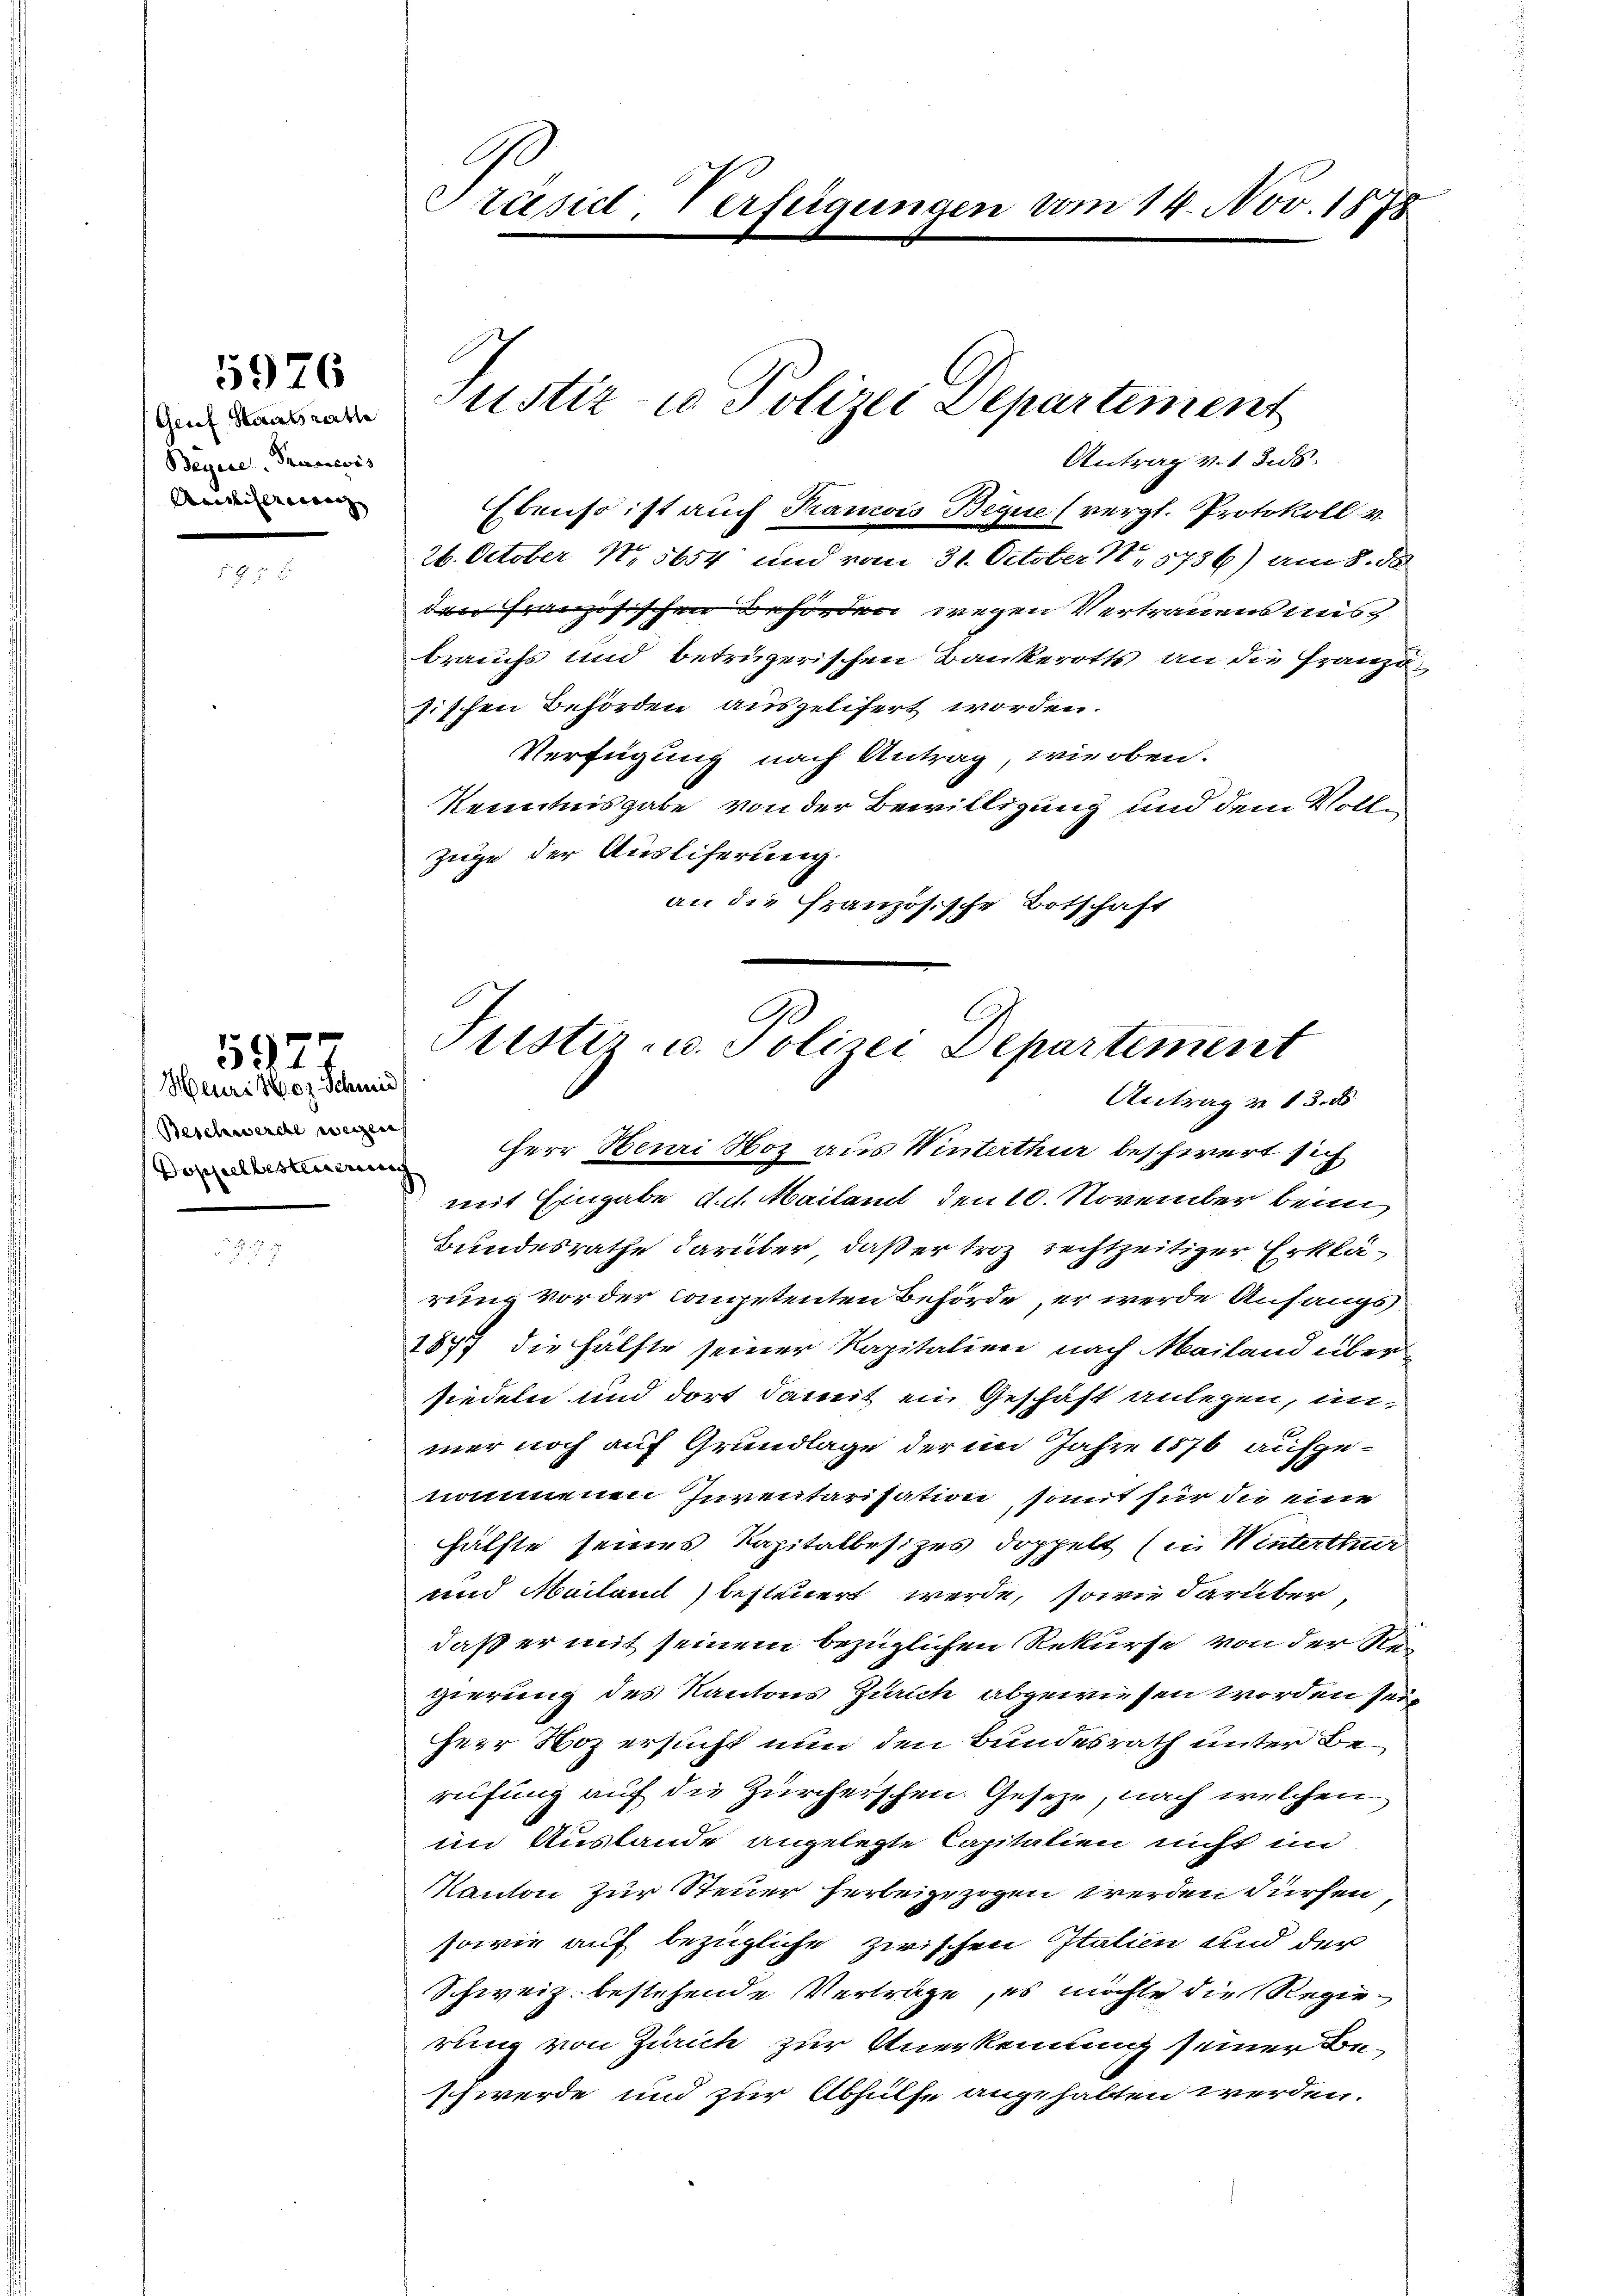
5976

Geif Staatsrathe
Beyne Francös
Ainlicher war, |

597

Präsid, Verfügungen vom 14. Nov. 1878

Heuri Hoz Schmid
(Beschwerde wegen

Antrag v. 1 und
Ebenso ist auch Krancois Beque (vergl. Protokoll v.
26. October N. 5654 und vom 31. October N. 5756) am 8. de
den Französischen Behörden wegen Vertrauens ausbrauchs und betrügerischen Bankerotts an die Französischen Behörden ausgelifert worden.
Verfügung nach Antrag, wie oben.
Kenntnisgabe von der Bewilligung und dem Volle
züge der Ausliferung.
an die französische Botschaft

Justiz- u Polizei Departement

e
Jurister- u. Polizei Departement
Antrag v. 13. d

m Herr Beuri Hoz aus Winterthur beschwert sich
mit Eingabe d. 1. Mailant den 10. November beim
Bundesrathe darüber, daß er troz rechtzeitiger Erklärung vor der competenten Behörde, er werde Anfangs¬
1877 die Hälfte seiner Kapitalien nach Mailand überfiedeln und dort damit ein Geschäft anlegen, unmer noch auf Grundlage der im Jahre 1876 aufgenommenen Inventarisation somit für die eine
hälfte seines Kapitalbesizes doppelt (in Winterthur
und Meiland besteuert werde, sowie darüber,
daß er mit seinem bezüglichen Rekurse von der Stigierung des Kantons Zürich abgewiesen worden sein
Herr Noz ersucht nun den Bundesrath unter Bereifung auf die Zürcherschen Gesetze, nach welchen
im Auslande angelegte Capitalien nicht im
Kanton zur Steuer herbeigezogen werden dürfen
sowie auf bezügliche zwischen Italien und der
Schweiz bestehende Vertrage, es möchte die Regierung von Zürich zur Anerkennung seiner Be-
schwerde und zur Abhülfe angehalten werden.